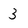
Character: 3